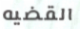
القضيه